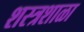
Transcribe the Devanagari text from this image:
शस्त्रशाळा